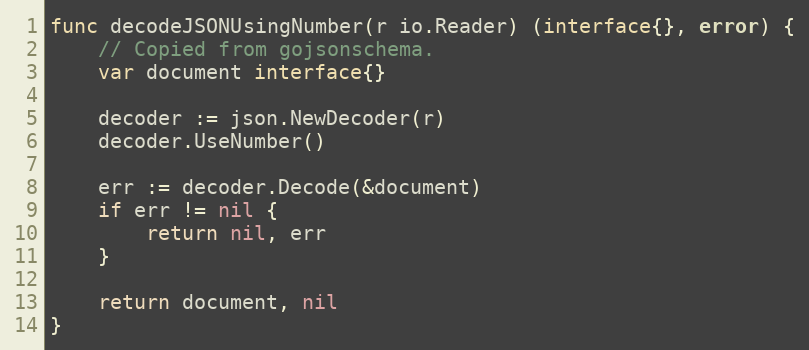
Language: Go
func decodeJSONUsingNumber(r io.Reader) (interface{}, error) {
	// Copied from gojsonschema.
	var document interface{}

	decoder := json.NewDecoder(r)
	decoder.UseNumber()

	err := decoder.Decode(&document)
	if err != nil {
		return nil, err
	}

	return document, nil
}